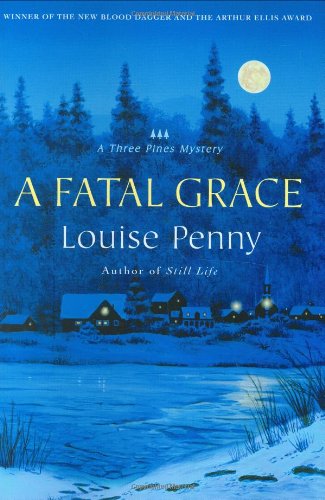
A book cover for A Fatal Grace (Three Pines Mysteries, No. 2); Louise Penny; Literature & Fiction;